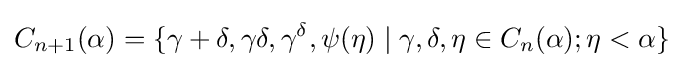
C_{n+1}(\alpha )=\{\gamma +\delta ,\gamma \delta ,\gamma ^{\delta },\psi (\eta )\mid \gamma ,\delta ,\eta \in C_{n}(\alpha );\eta <\alpha \}